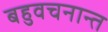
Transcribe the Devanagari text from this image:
बहुवचनान्त